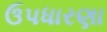
ઉપધારણા